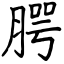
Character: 腭